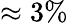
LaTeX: \approx 3\%